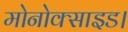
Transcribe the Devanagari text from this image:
मोनोक्साइड।